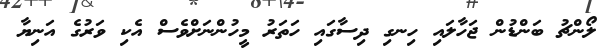
ލޯންޗު ބަންޑުން ޖަހާލައި ހިނގި ދިސާގައި ހަތަރު މީހުންނަށްވެސް އެކި ވަރުގެ އަނިޔާ